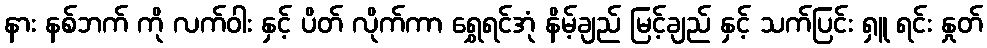
နား နစ်ဘက် ကို လက်ဝါး နှင့် ပိတ် လိုက်ကာ ရွှေရင်အုံ နိမ့်ချည် မြင့်ချည် နှင့် သက်ပြင်း ရှူ ရင်း နှုတ်